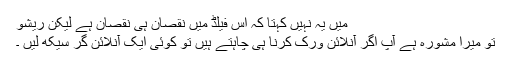
میں یہ نہیں کہتا کہ اس فیلڈ میں نقصان ہی نقصان ہے لیکن ریشو
تو میرا مشورہ ہے آپ اگر آنلائن ورک کرنا ہی چاہتے ہیں تو کوئی ایک آنلائن گُر سیکھ لیں ۔